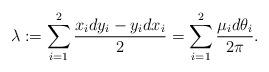
LaTeX: \begin{align*}\lambda: = \sum_{i=1}^2 \frac{x_i dy_i - y_i dx_i}{2}=\sum_{i=1}^2 \frac{\mu_i d\theta_i}{2\pi}. \end{align*}